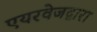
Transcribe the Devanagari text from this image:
एयरवेजद्वारा